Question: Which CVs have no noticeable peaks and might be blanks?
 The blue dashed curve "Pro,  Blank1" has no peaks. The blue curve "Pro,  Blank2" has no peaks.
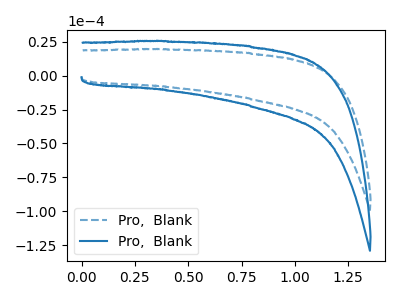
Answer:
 <answer>"Pro,  Blank1" and "Pro,  Blank2" are likely to be blanks.</answer>
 <eval>"Pro,  Blank1", "Pro,  Blank2"</eval>